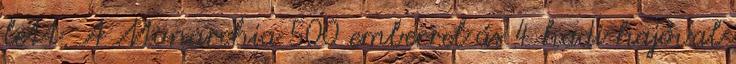
lett. A Monarchia 500 emberrel ás 4 hadi hajóval